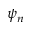
\psi _ { n }